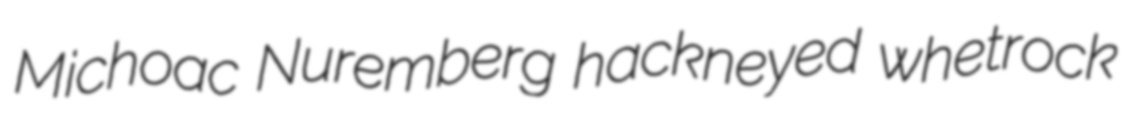
Michoac Nuremberg hackneyed whetrock